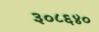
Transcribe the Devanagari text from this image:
३०८६४०